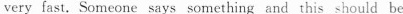
very fast.Someone says something and this should be